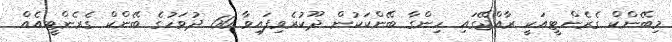
މިބޭންކް ގެރެންޓީއަކީ ރާއްޖޭގައި ހިންގާ ބޭންކަކުން ދޫކުރެވިފައިވާ 60 ދުވަހުގެ ބޭންކް ގެރެންޓީއެއް